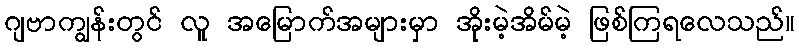
ဂျဗာကျွန်းတွင် လူ အမြောက်အများမှာ အိုးမဲ့အိမ်မဲ့ ဖြစ်ကြရလေသည်။